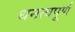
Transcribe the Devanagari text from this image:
धनत्वपूर्ण